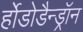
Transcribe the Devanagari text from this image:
र्होडोडैन्ड्रॉन